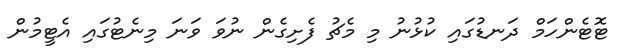
ޓޮޓެންހަމް ދަނޑުގައި ކުޅުނު މި މެޗު ފެށިގެން ނުވަ ވަނަ މިނެޓުގައި އެޓީމުން